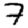
Digit: 7